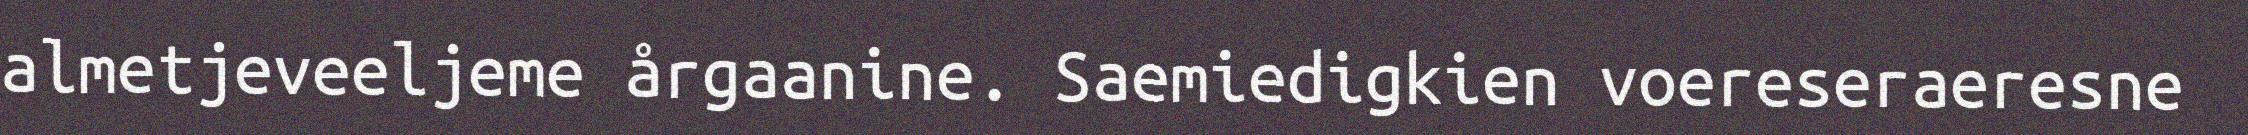
almetjeveeljeme årgaanine. Saemiedigkien voereseraeresne